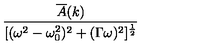
\frac { \overline { A } ( k ) } { \lbrack ( \omega ^ { 2 } - \omega _ { 0 } ^ { 2 } ) ^ { 2 } + ( \Gamma \omega ) ^ { 2 } \rbrack ^ { \frac { 1 } { 2 } } }